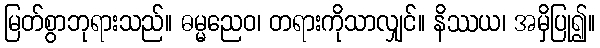
မြတ်စွာဘုရားသည်။ ဓမ္မညေဝ၊ တရားကိုသာလျှင်။ နိဿယ၊ အမှိပြု၍။